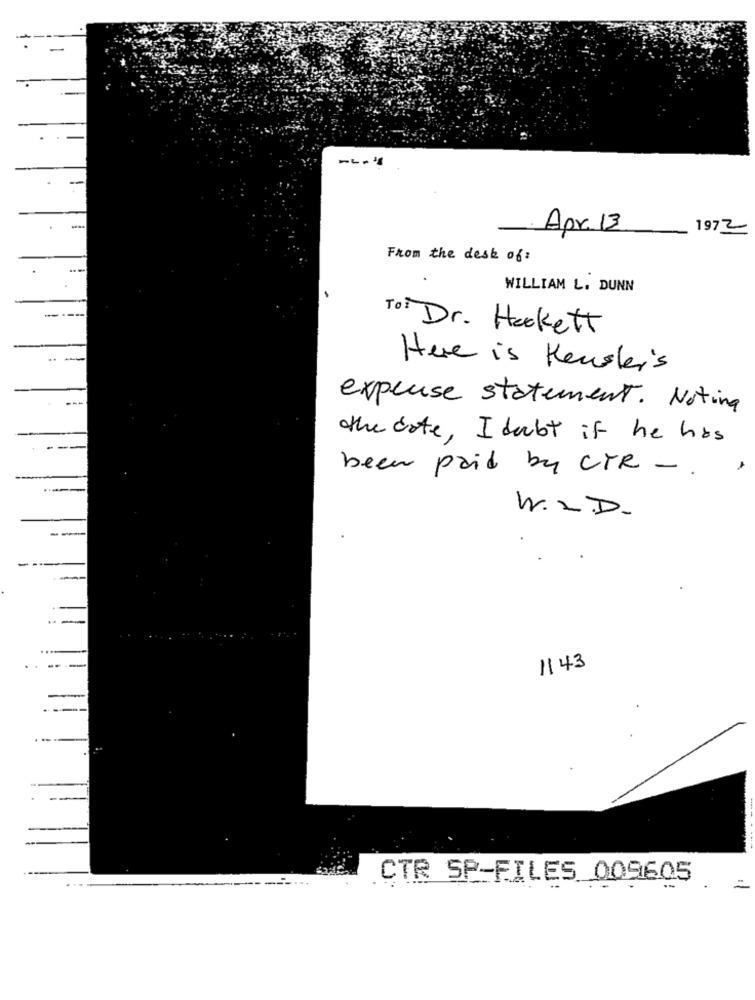
-
-
Apr. 13
1972
From the desk of:
...
WILLIAM L. DUNN
-----
To: Dr. Heckett
Here is Kenster's
expense statement. Noting
the date, I debt if he has
been paid by CTR -.
W.I.D.
1143
CTR SP-FILES 009605
=